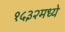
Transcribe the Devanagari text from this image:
१५३२मध्ये